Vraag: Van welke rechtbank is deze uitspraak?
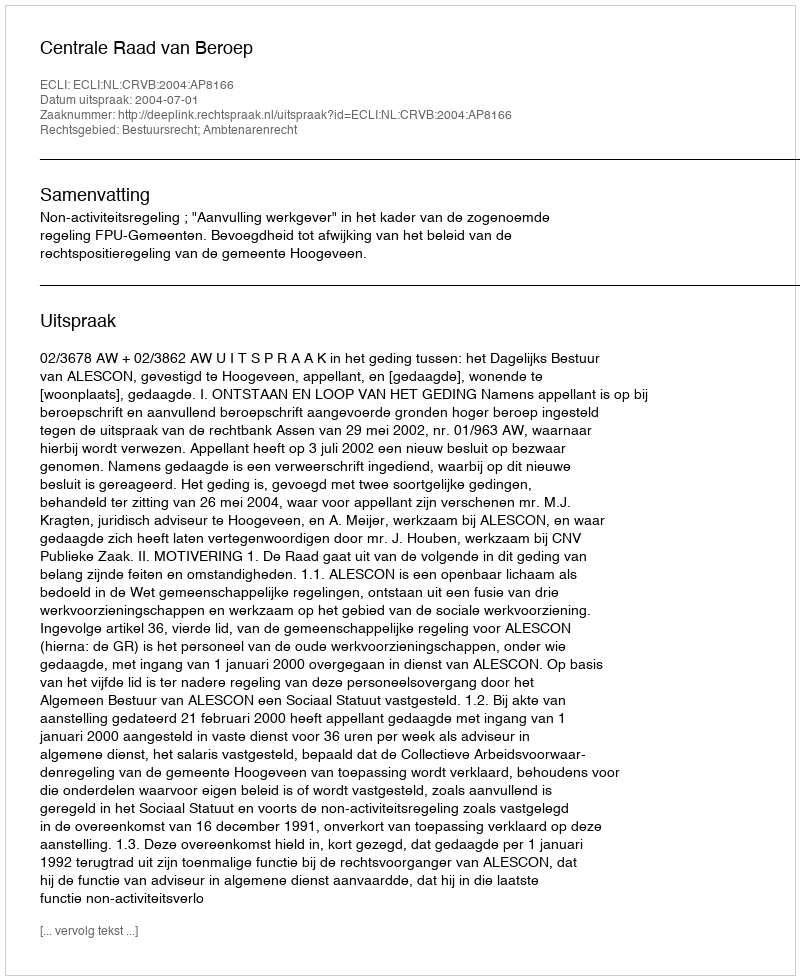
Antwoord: Centrale Raad van Beroep